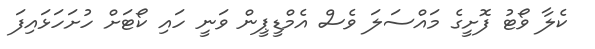
ކެލާ ވޯޓު ފޮށީގެ މައްސަލަ ވެސް އެމްޑީޕީން ވަނީ ހައި ކޯޓަށް ހުށަހަޅައިފަ